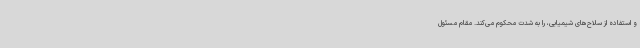
و استفاده از سلاح‌های شیمیایی، را به شدت محکوم می‌کند. مقام مسئول